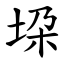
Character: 垜